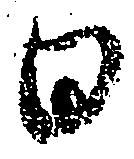
日